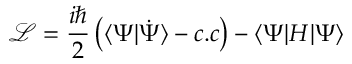
\mathcal { L } = \frac { i \hbar } { 2 } \left( \langle \Psi | \dot { \Psi } \rangle - c . c \right) - \langle \Psi | H | \Psi \rangle